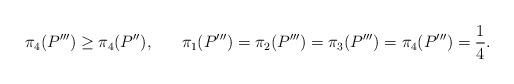
LaTeX: \begin{align*} \pi_{4}(P''') \geq \pi_4(P''), \;\;\;\;\;\; \pi_{1}(P''')=\pi_{2}(P''')=\pi_{3}(P''')=\pi_{4}(P''') = \frac{1}{4}. \end{align*}